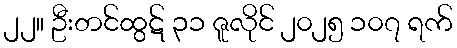
၂၂။ ဦးတင်ထွဋ် ၃၁ ဇူလိုင် ၂၀၂၅ ၁၀၇ ရက်